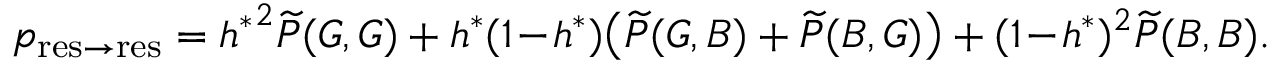
p _ { \mathrm { r e s \to r e s } } = { h ^ { \ast } } ^ { 2 } \widetilde { P } ( G , G ) + h ^ { \ast } ( 1 \! - \! h ^ { \ast } ) \big ( \widetilde { P } ( G , B ) + \widetilde { P } ( B , G ) \big ) + ( 1 \! - \! h ^ { \ast } ) ^ { 2 } \widetilde { P } ( B , B ) .